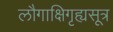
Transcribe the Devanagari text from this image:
लौगाक्षिगृह्यसूत्र